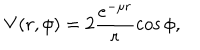
V ( r , \phi ) = 2 \frac { e ^ { - \mu r } } { r } \cos \phi ,